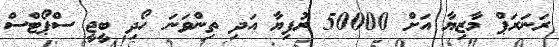
ރަނަރަޕް މާޒިޔާ އަށް 50000 ރުފިޔާ އަދި ތިންވަނަ ހޯދި ބީޖީ ސްޕޯޓްސް